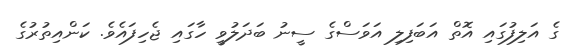
ގެ އަލިފުގައި އޮތް އަބަފިލި އަވަސްގެ ސީނު ބަދަލުވީ ހާގައި ޖެހިފައެވެ. ކަންއިތުރުގެ